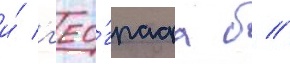
и́ г'ео́графа б //